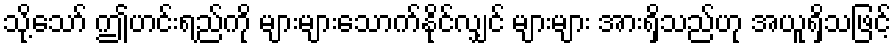
သို့သော် ဤဟင်းရည်ကို များများသောက်နိုင်လျှင် များများ အားရှိသည်ဟု အယူရှိသဖြင့်